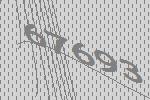
67693